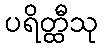
ပရိတ္ထီသု